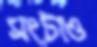
সংটাও